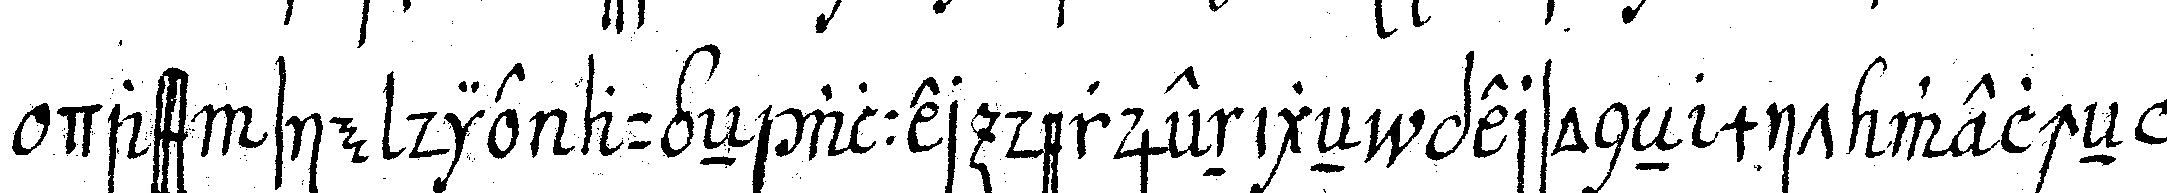
dass sie die augeN aller derjenigeN personeN mit welcheN